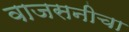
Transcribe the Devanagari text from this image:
वाजसनीचा